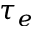
\tau _ { e }